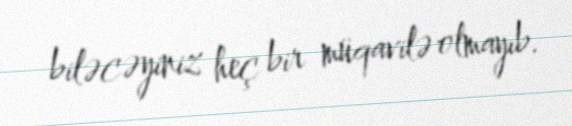
biləcəyiniz heç bir müqavilə olmayıb.